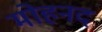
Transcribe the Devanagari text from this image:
मोहनद